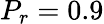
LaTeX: P_{r}=0.9